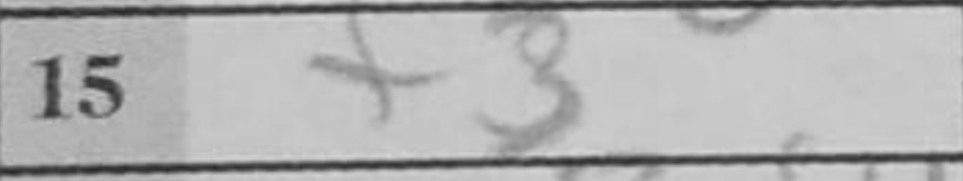
Transcription: f3